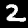
Digit: 2